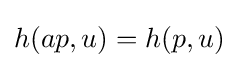
h(ap,u)=h(p,u)